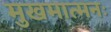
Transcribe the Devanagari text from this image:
मुखमात्मनः